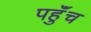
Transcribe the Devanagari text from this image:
पहुॅंच